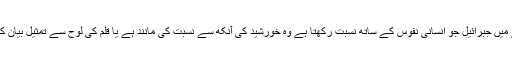
اس نظریے میں جبرائیل جو انسانی نفوس کے ساتھ نسبت رکھتا ہے وہ خورشید کی آنکھ سے نسبت کی مانند ہے یا قلم کی لوح سے تمثیل بیان کی گئی ہے۔